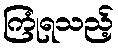
ကြုံရသည့်